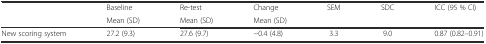
| <ROWSPAN=2>  | Baseline | Re-test | Change | <ROWSPAN=2> SEM | <ROWSPAN=2> SDC | <ROWSPAN=2> ICC (95 % CI) |
 | Mean (SD) | Mean (SD) | Mean (SD) |
 | --- | --- | --- | --- | --- | --- | --- |
 | New scoring system | 27.2 (9.3) | 27.6 (9.7) | −0.4 (4.8) | 3.3 | 9.0 | 0.87 (0.82–0.91) |